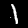
Label: 1